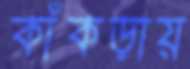
কাঁকড়ায়